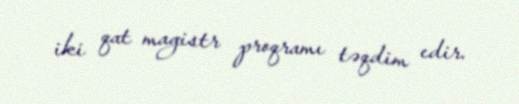
iki qat magistr proqramı təqdim edir.